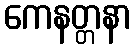
ကေနတ္တနာ